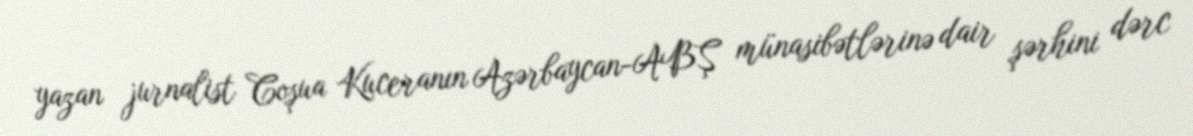
yazan jurnalist Coşua Kuceranın Azərbaycan-ABŞ münasibətlərinə dair şərhini dərc